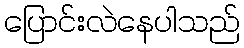
ပြောင်းလဲနေပါသည်